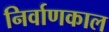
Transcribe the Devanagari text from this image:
निर्वाणकाल